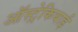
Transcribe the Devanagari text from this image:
ऑस्ट्रेकियाई